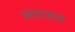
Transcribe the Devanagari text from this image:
सत्तारुल